Materia medica of Madras volume I
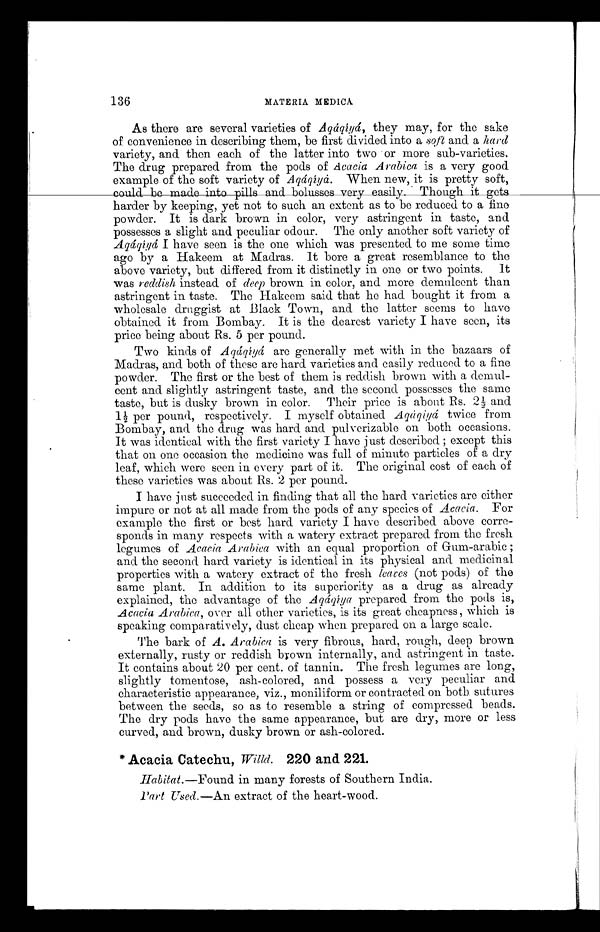
136
MATERIA MEDICA
As there are several varieties of Aqáqíyá, they may, for the sake
of convenience in describing them, be first divided into a soft and a hard
variety, and then each of the latter into two or more sub-varieties.
The drug prepared from the pods of Acacia Arabica is a very good
example of the soft variety of Aqáqíyå. When new, it is pretty soft,
could be made into pills and bolusses very easily. Though it gets
harder by keeping, yet not to such an extent as to be reduced to a fine
powder. It is dark brown in color, very astringent in taste, and
possesses a slight and peculiar odour. The only another soft variety of
Aqáqíyá, I have seen is the one which was presented to me some time
ago by a Hakeem at Madras. It bore a great resemblance to the
above variety, but differed from it distinctly in one or two points. It
was reddish instead of deep brown in color, and more demulcent than
astringent in taste. The Hakeem said that he had bought it from a
wholesale druggist at Black Town, and the latter seems to have
obtained it from Bombay. It is the dearest variety I have seen, its
price being about Rs. 5 per pound.
Two kinds of Aqáqíyá are generally met with in the bazaars of
Madras, and both of these are hard varieties and easily reduced to a fine
powder. The first or the best of them is reddish brown with a demul-
cent and slightly astringent taste, and the second possesses the same
taste, but is dusky brown in color. Their price is about Rs. 2½ and
1½ per pound, respectively. I myself obtained Aqáqiyá twice from
Bombay, and the drug was hard and pulverizable on both occasions.
It was identical with the first variety I have just described; except this
that on one occasion the medicine was full of minute particles of a dry
leaf, which were seen in every part of it. The original cost of each of
these varieties was about Rs. 2 per pound.
I have just succeeded in finding that all the hard varieties are either
impure or not at all made from the pods of any species of Acacia. For
example the first or best hard variety I have described above corre-
sponds in many respects with a watery extract prepared from the fresh
legumes of Acacia Arabica with an equal proportion of Gum-arabic;
and the second hard variety is identical in its physical and medicinal
properties with a watery extract of the fresh leaces (not pods) of the
same plant. In addition to its superiority as a drug as already
explained, the advantage of the Aqáqíya prepared from the pods is,
Acacia Arabica, over all other varieties, is its great cheapness, which is
speaking comparatively, dust cheap when prepared on a large scale.
The bark of A. Arabica is very fibrous, hard, rough, deep brown
externally, rusty or reddish brown internally, and astringent in taste.
It contains about 20 per cent. of tannin. The fresh legumes are long,
slightly tomentose, ash-colored, and. possess a very peculiar and
characteristic appearance, viz., moniliform or contracted on both sutures
between the seeds, so as to resemble a string of compressed beads.
The dry pods have the same appearance, but are dry, more or less
curved, and brown, dusky brown or ash-colored.
*Acacia Catechu, Willd. 220 and 221.
Habitat.—Found in many forests of Southern India.
Part Used.—An extract of the heart-wood.